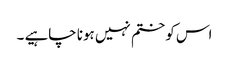
اس کو ختم نہیں ہونا چاہیے ۔